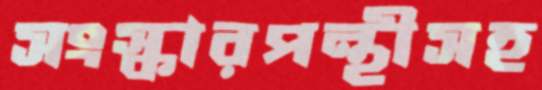
সংস্কারপন্থীসহ